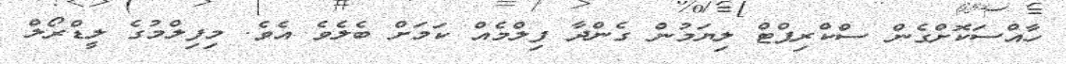
ހާއްސަކޮށްގެން ސްކްރިޕްޓް ލިޔަމުން ގެންދާ ފިލްމެއް ކަމަށް ބެލެވެ އެވެ. މިފިލްމުގެ ލީޑްރޯލް